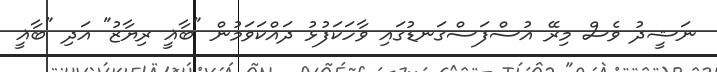
ނަޝީދު ވެސް މިރޭ އުސްފަސްގަނޑުގައި ވާހަކަފުޅު ދައްކަވަމުން "ބާޣީ ރިޔާޒު" އަދި "ބާޣީ